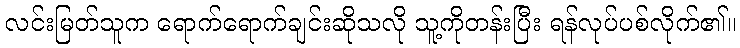
လင်းမြတ်သူက ရောက်ရောက်ချင်းဆိုသလို သူ့ကိုတန်းပြီး ရန်လုပ်ပစ်လိုက်၏။